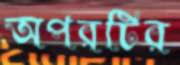
অপরটির